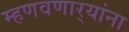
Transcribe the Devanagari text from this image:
म्हणवणार्‍यांना